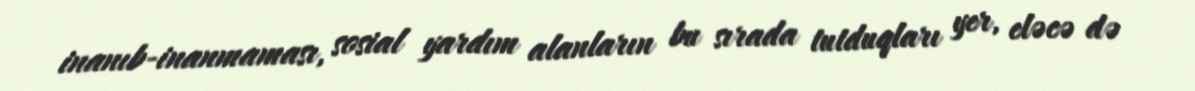
inanıb-inanmaması, sosial yardım alanların bu sırada tutduqları yer, eləcə də